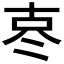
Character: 𪞟